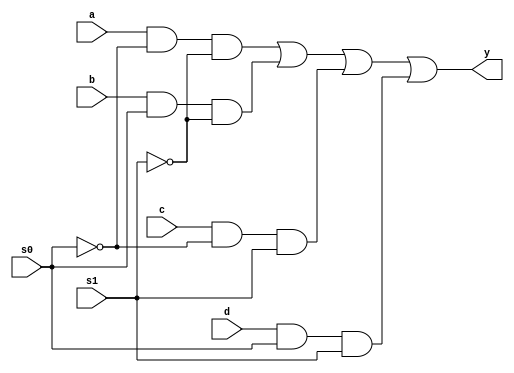
module mux4x1(a, b, c, d, s0, s1, y);

input a,b,c,d,s0,s1;
output y;

not(s0bar,s0);
not(s1bar,s1);
and(w0,a,s0bar,s1bar);
and(w1,b,s0,s1bar);
and(w2,c,s0bar,s1);
and(w3,d,s0,s1);
or(y,w0,w1,w2,w3);

endmodule